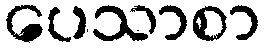
ပေသာစာ